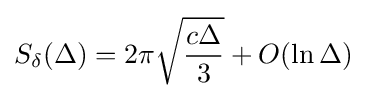
S_{\delta }(\Delta )=2\pi {\sqrt {\frac {c\Delta }{3}}}+O(\ln \Delta )